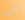
الى